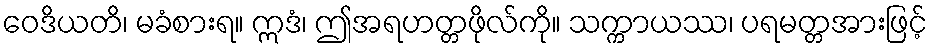
ဝေဒိယတိ၊ မခံစားရ။ ဣဒံ၊ ဤအရဟတ္တဖိုလ်ကို။ သက္ကာယဿ၊ ပရမတ္တအားဖြင့်